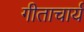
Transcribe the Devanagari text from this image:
गीताचार्य